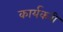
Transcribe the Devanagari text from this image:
कार्यकरी